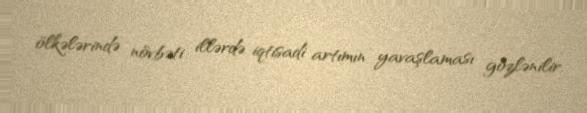
ölkələrində növbəti illərdə iqtisadi artımın yavaşlaması gözlənilir.